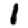
Digit: 1